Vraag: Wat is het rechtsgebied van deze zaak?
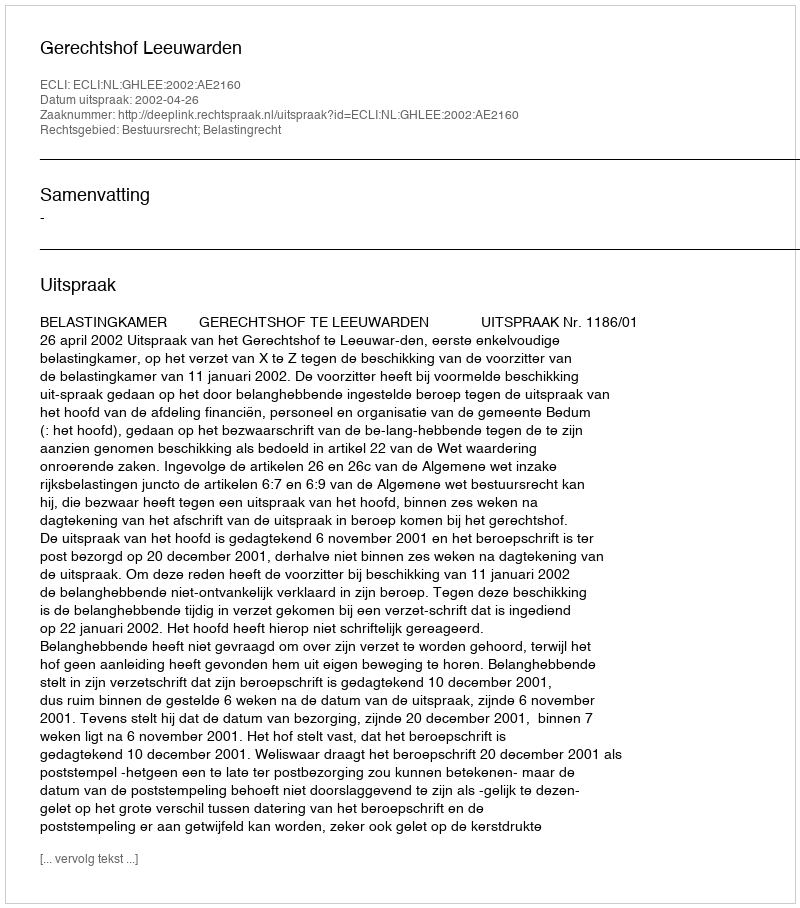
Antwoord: Bestuursrecht; Belastingrecht